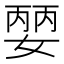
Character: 𡠈